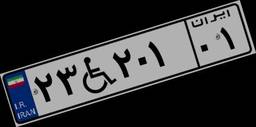
۹۱W۲۹۲۰۷